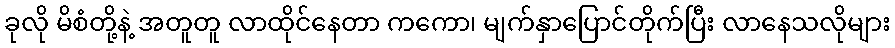
ခုလို မိစံတို့နဲ့ အတူတူ လာထိုင်နေတာ ကကော၊ မျက်နှာပြောင်တိုက်ပြီး လာနေသလိုများ